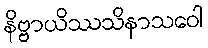
နိဗ္ဗာယိဿသိနာသဝေါ